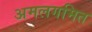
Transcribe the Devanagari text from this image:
अमलगमित